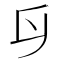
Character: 𠂑